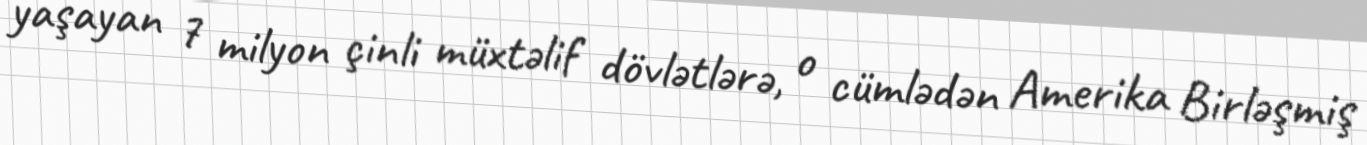
yaşayan 7 milyon çinli müxtəlif dövlətlərə, o cümlədən Amerika Birləşmiş